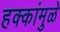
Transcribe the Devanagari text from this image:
हक्कांमुळे